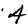
Digit: 4